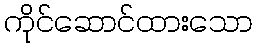
ကိုင်ဆောင်ထားသော